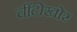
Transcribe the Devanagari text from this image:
चींटोखोर